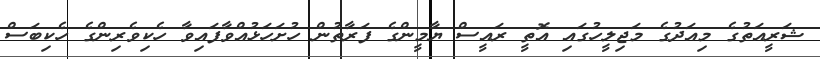
ޝަރީއަތުގެ މިއަދުގެ މަޖިލީހުގައި އޮތީ ރައީސް ޔާމީންގެ ފަރާތުން ހުށަހަޅުއްވާފައިވާ ހެކިވެރިންގެ ހެކިބަސް